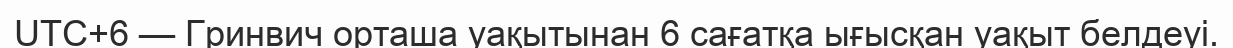
UTC+6 — Гринвич орташа уақытынан 6 сағатқа ығысқан уақыт белдеуі.